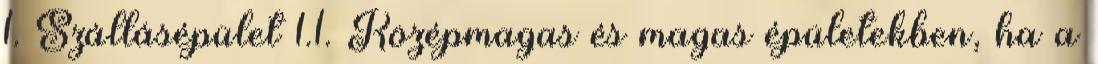
1. Szállásépület 1.1. Középmagas és magas épületekben, ha a